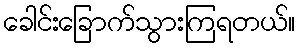
ခေါင်းခြောက်သွားကြရတယ်။